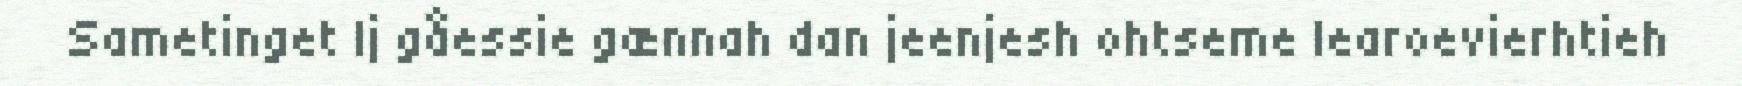
Sametinget Ij gåessie gænnah dan jeenjesh ohtseme learoevierhtieh